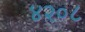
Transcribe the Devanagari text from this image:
४२०८